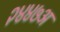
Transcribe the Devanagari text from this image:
२४४७अ